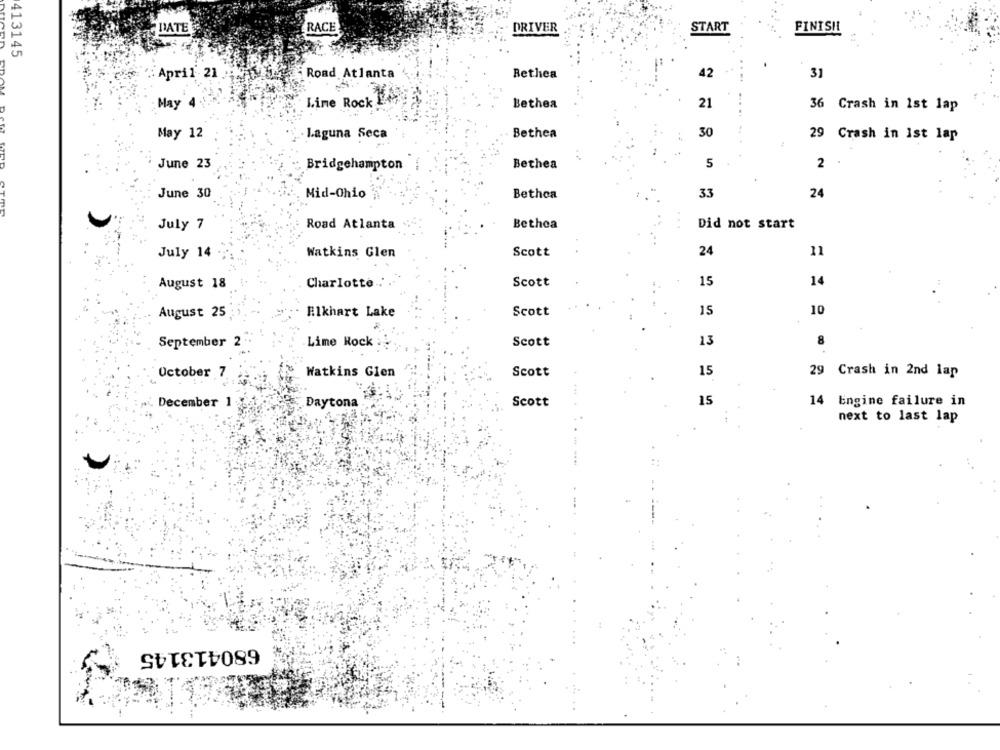
DATE
RACE
DRIVER
START
FINISIL
413145
April 21
Road Atlanta
Bethea
42
3)
May 4
Lime Rock
Bethea
21
36 Crash in 1st lap
May 12
Laguna Seca
Bethea
30
29 Crash in ist lar
June 23
Bridgehampton
Bethea
5
2
June 30
Mid-Ohio
Bethoa
33
24
July 7
Road Atlanta
Bethea
...
Did not start
July 14
Watkins Glen
Scott
24
11
August 18
Charlotte
Scott
15
14
August 25
Elkhart Lake
Scott
15
10
September 2
Lime Rock
Scott
13
8
October 7
Watkins Glen
Scott
15
29 Crash in 2nd lap
December 1
Daytona
Scott
15
14 Engine failure in
next to last lap
680413145